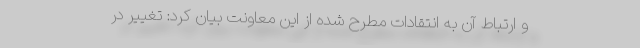
و ارتباط آن به انتقادات مطرح شده از این معاونت بیان کرد: تغییر در